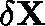
\mathbf { \delta X }